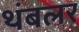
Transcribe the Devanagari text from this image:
थंबलर